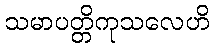
သမာပတ္တိကုသလေဟိ